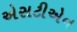
એસટીએન